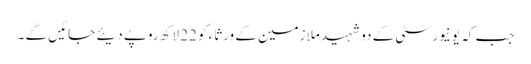
جب کہ یونیورسٹی کے دو شہید ملازمین کے ورثاء کو 22 لاکھ روپے دیئے جائیں گے ۔